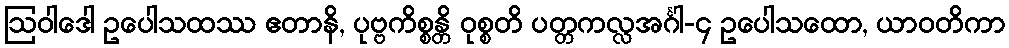
ဩဝါဒေါ ဥပေါသထဿ ဧတာနိ, ပုဗ္ဗကိစ္စန္တိ ဝုစ္စတိ ပတ္တကလ္လအင်္ဂါ-၄ ဥပေါသထော, ယာဝတိကာ